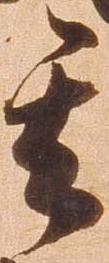
其